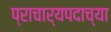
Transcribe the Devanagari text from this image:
प्राचार्यपदाच्या